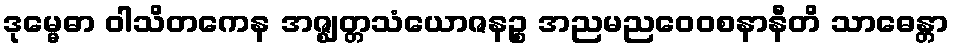
ဒုမ္မေဓာ ဝါသိတကေန အဇ္ဈတ္တသံယောဇနဉ္စ အညမညဝေဝစနာနီတိ သာဓေန္တာ